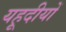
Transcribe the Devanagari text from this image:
यहूदीयों